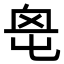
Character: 𡴓